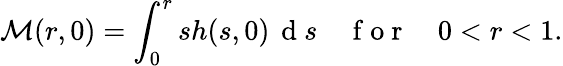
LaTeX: \mathcal{M}(r,0)=\int_{0}^{r}sh(s,0)\, \mathrm{~d~}s\quad\mathrm{~f~o~r~}\quad 0<r<1.